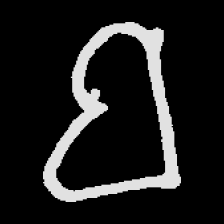
Pyu character \u2014 Myanmar letter: ဗ (romanized: ba)